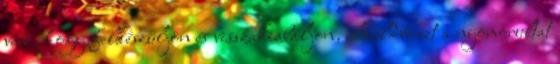
vesz, hogy felkészüljön és visszakiabáljon, elküldve ezt a nyomorultat